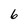
Character: 6